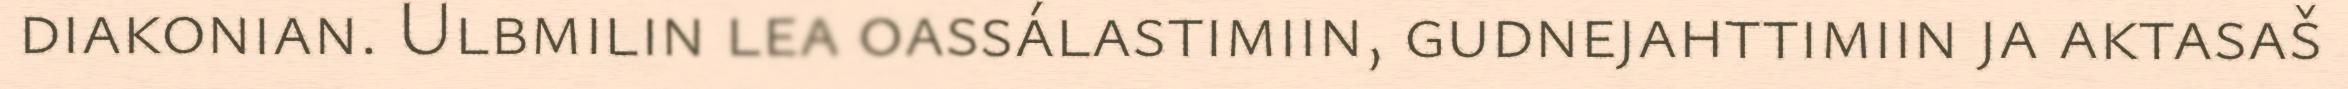
diakonian. Ulbmilin lea oassálastimiin, gudnejahttimiin ja aktasaš